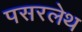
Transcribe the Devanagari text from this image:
पसरलेथ